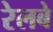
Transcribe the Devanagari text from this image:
रेलबे